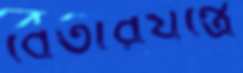
বেতারযন্ত্রে